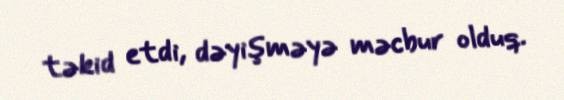
təkid etdi, dəyişməyə məcbur olduq.